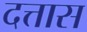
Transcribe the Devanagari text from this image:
दत्तास